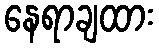
နေရာချထား